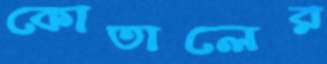
কোতালের